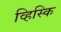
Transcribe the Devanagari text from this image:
व्हिस्कि